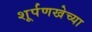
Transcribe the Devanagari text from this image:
शूर्पणखेच्या